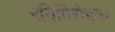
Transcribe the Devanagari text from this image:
रविर्विरोचनः